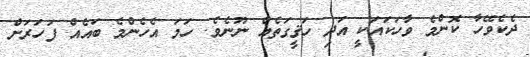
ދެކެވޭހާ ކޮންމެ ވާހަކައަކީ އަދި ހަޤީގަތެއް ނޫނެވެ. ހަމަ އެހެންމެ ބައެއް ފަހަރަށް